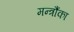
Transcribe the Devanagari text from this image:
मन्त्रौंका